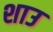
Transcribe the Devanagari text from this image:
शाउ